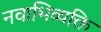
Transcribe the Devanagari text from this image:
नवाभिव्यक्ति